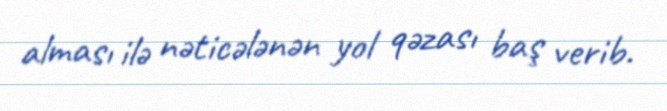
alması ilə nəticələnən yol qəzası baş verib.